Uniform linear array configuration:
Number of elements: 64
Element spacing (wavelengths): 0.75
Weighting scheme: kaiser
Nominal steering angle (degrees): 60
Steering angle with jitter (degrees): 58.581
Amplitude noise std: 0.05
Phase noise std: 0.05

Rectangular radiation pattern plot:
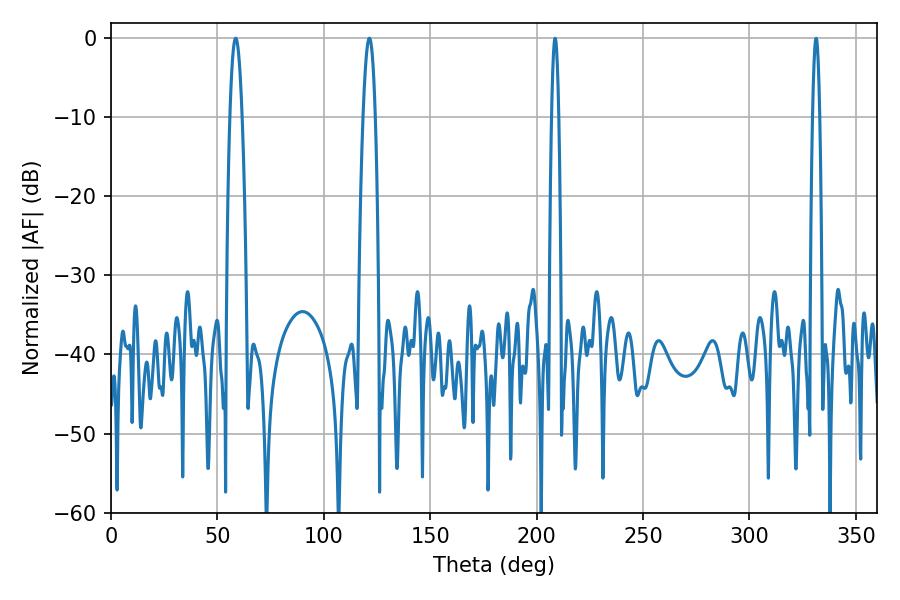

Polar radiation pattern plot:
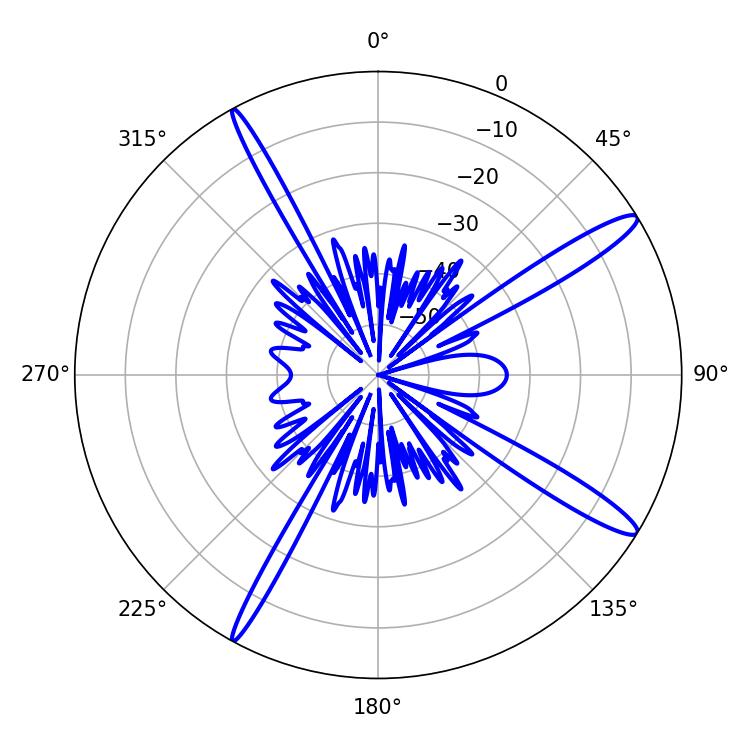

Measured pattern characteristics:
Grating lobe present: TRUE
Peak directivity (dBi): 14.66
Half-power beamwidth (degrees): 3.06
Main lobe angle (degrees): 58.68